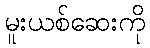
မူးယစ်ဆေးကို